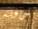
حافلة